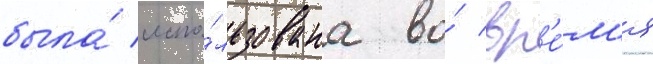
была́ испо́льзована во́ вр'е́м'я